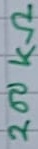
Text: 200KΩ